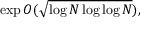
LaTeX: \exp O ( { \sqrt { \log N \log \log N } } ) ,